Newspaper: The evening Argus. [volume]
Place of publication: Rock Island, Ill.
Publisher: Danforth & Jones
Date: 1870-06-14 00:00:00
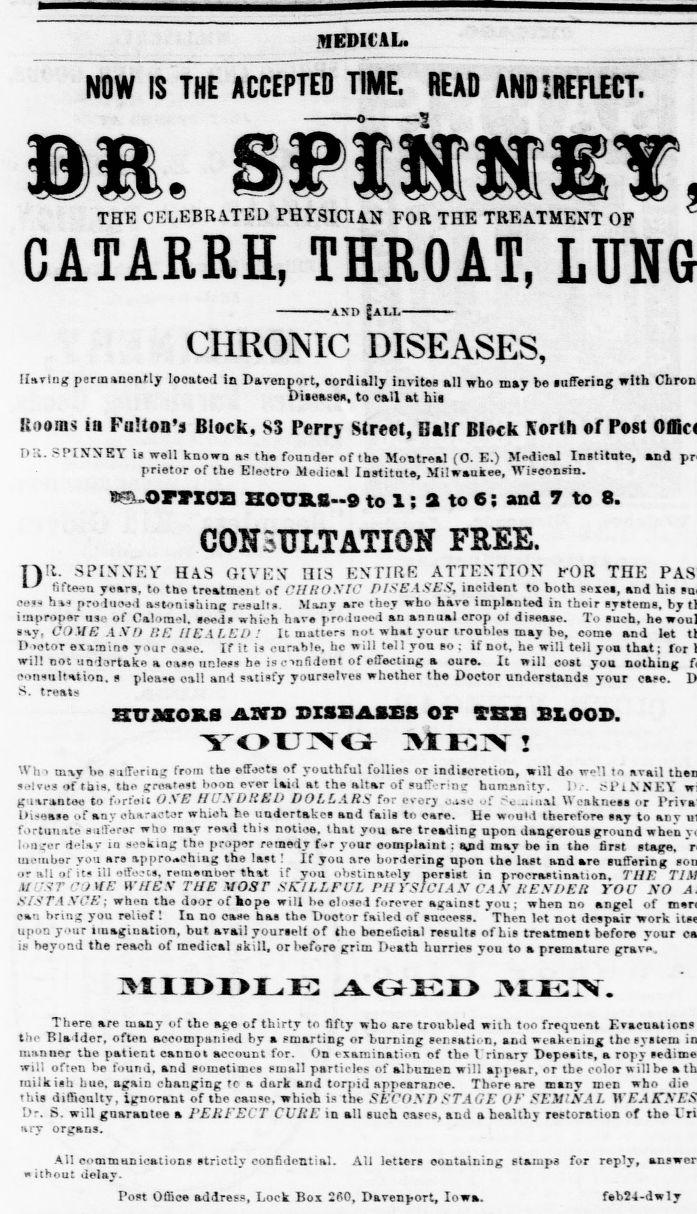
Advertisement text (OCR):
MEDICAL. NOW IS THE ACCEPTED TIME. READ AND 'REFLECT. o 2 THE CELEBRATED PHYSICIAN FOR THE TREATMENT OP CATARRH, THROAT, AND ALL CHRONIC DISEASES, Having permanently looateJ in Davenport, cordially invites all who may be suffering with Diseases, to call at bit Rooms ia Fattoa'i Block, S3 Perry Street, Balf Block Korth of Post P:i. SPINTXET is well known as the founder of the Montreal (O. E.) Medical Institute, and pneior ot me tiectro Medical institute, Milwausee, mseonsin. BOmOIl XZOUB.S 9 to 1 ; a to 6 ; and 7 to 8. CONSULTATION FREE. yi. SPINWEV HAS GIVES ni3 ENTIRE ATTENTION' FOR THE -J fifteen yean, to the treatment of CHKOXIC DISEASES, incident to both sexes, and hi cess hi proilused astonishing results. Many are they who hare implanted in their systems, by improper use of Calomel, seed, which have proJueod an annual erop ol disease, lo such, he tiy, COME AND HE HEALED .' It matters not what your ironhles may be, come and let D.otor examine your ease. If it is curable, he will tell you so ; if not, he will tell yo that; lor will not undortake a oase unless he is cvnfident of effecting a oure. It will cost you nothing consultation, 8 please oall and satisfy yourselves whether the Doctor understands your case. S. treats XXU&IOK.B AlfO DISEASES OF SBS BLOOD. YOUG 3iE! Wh i tny Vie suiTt-'rina: from the effects of youthful follies or indiscretion, will do well to avail selves of this, the greatest boon ever laid at the altar of sufT- rinsr humanity. 1.-. H'lNSEV gitrantee to forfeit ONE HUN DUEL) DOLLARS for every oaso of unal Weakness or Unease of any oharictor whioh he undertakes and fails to eare. He would therefore say to any fortunate sufferer who may read this notice, that you are treading npon dangerous ground when longer delay in seeking the proper remedy fr your complaint ; and may be in the first stage, member you ar approaching the last ! If you are bordering npon the last and are suffering or all of its ill efforts, remember that if you obstinately persist in procrastination, THE UUSTCttVE WHEN THE MOST SKILLFUL PHYSICIAN CAS RENDER YOU SO SISTANCE; when the door of hope will he closed forever against you ; when no angel of can bring you relief ! In no oase has the Dootor failed of success. Then let not despair work upon your imagination, but avail yourself of the beneficial results of his treatment before your is beyond the reach of medical skill, or before grim Death hurries you to a premature grave. 3IIDDLE AGED 3IEN. There are many of the afte of thirty to fifty who are troubled with too frequent Evacuations the Bladder, often accompanied by a smarting or burning sensation, and weakening the system manner the patient cannot account for. On examination of the I'rinary Deposits, a ropy will often be found, and sometimes small particles of albumen will appear, or the color will be a milk ish hue, again changing to a dark and torpid appearance. Tbore are m.nv men who die this difficulty, ignorant of the cause, which is the SECOND STAGE OF SEMINAL Dr. S. will guarantee a 1'EKFEVT CURE in all such oases, and a healthy restoration of the ary organs. All communications striotly confidential, a ithout delav. All letters containing stamps for reply, Post Office address, Lock Box 2fi0, Davenport, Iowa. feb!4-dwly
Label: text-only